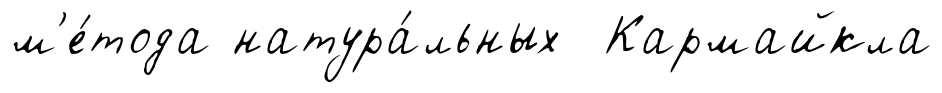
м'е́тода натура́льных Кармайкла